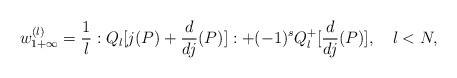
LaTeX: \begin{align*}w_{1+\infty}^{(l)}= \frac{1}{l}:Q_{l}[j(P)+\frac{d}{dj}(P)]:+(-1)^{s}Q_{l}^{+}[\frac{d}{dj}(P)],\quad l<N,\end{align*}